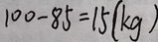
1 0 0 - 8 5 = 1 5 ( k g )